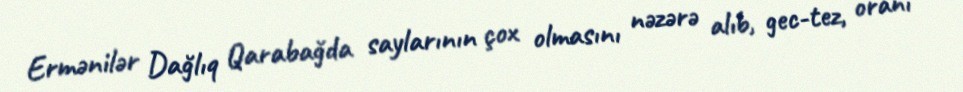
Ermənilər Dağlıq Qarabağda saylarının çox olmasını nəzərə alıb, gec-tez, oranı